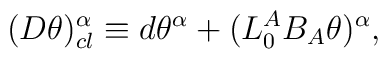
(D \theta)^\alpha_{cl} \equiv  d\theta^\alpha +( L^A_0 B_A  \theta)  ^\alpha,